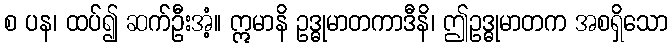
စ ပန၊ ထပ်၍ ဆက်ဦးအံ့။ ဣမာနိ ဥဒ္ဓုမာတကာဒီနိ၊ ဤဥဒ္ဓုမာတက အစရှိသော